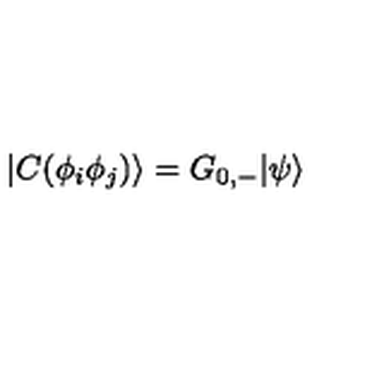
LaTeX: | C ( \phi _ { i } \phi _ { j } ) \rangle = G _ { 0 , - } | \psi \rangle